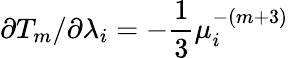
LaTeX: \partial T_{m}/\partial\lambda_{i}=-\frac{1}{3}\mu_{i}^{-(m+3)}